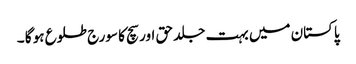
پاکستان میں بہت جلد حق اور سچ کا سورج طلوع ہو گا ۔